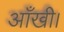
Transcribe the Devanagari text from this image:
आँखी।